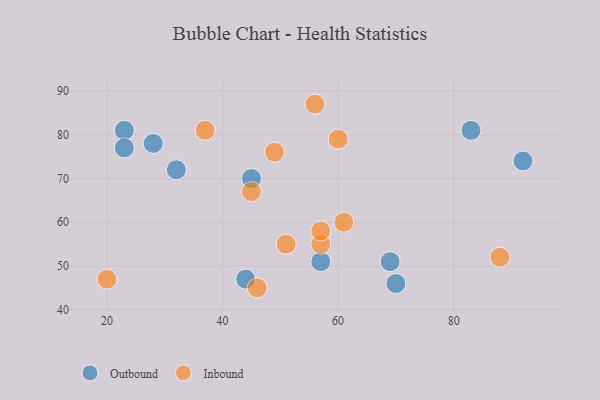
{"axis": {"x": "GDP", "y": "Life Expectancy"}, "legend": ["Inbound", "Outbound"], "data": [{"x": "83", "y": 81, "type": "Outbound"}, {"x": "23", "y": 81, "type": "Outbound"}, {"x": "28", "y": 78, "type": "Outbound"}, {"x": "45", "y": 70, "type": "Outbound"}, {"x": "23", "y": 77, "type": "Outbound"}, {"x": "92", "y": 74, "type": "Outbound"}, {"x": "44", "y": 47, "type": "Outbound"}, {"x": "69", "y": 51, "type": "Outbound"}, {"x": "57", "y": 51, "type": "Outbound"}, {"x": "70", "y": 46, "type": "Outbound"}, {"x": "32", "y": 72, "type": "Outbound"}, {"x": "46", "y": 45, "type": "Inbound"}, {"x": "49", "y": 76, "type": "Inbound"}, {"x": "61", "y": 60, "type": "Inbound"}, {"x": "88", "y": 52, "type": "Inbound"}, {"x": "56", "y": 87, "type": "Inbound"}, {"x": "20", "y": 47, "type": "Inbound"}, {"x": "51", "y": 55, "type": "Inbound"}, {"x": "37", "y": 81, "type": "Inbound"}, {"x": "60", "y": 79, "type": "Inbound"}, {"x": "57", "y": 55, "type": "Inbound"}, {"x": "57", "y": 58, "type": "Inbound"}, {"x": "45", "y": 67, "type": "Inbound"}]}